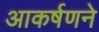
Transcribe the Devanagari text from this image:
आकर्षणने